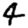
Digit: 4